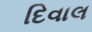
દિવાલ